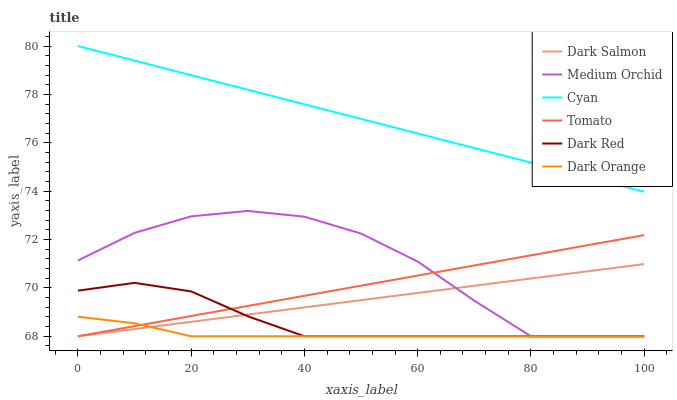
| xaxis_label | Dark Salmon | Medium Orchid | Cyan | Tomato | Dark Red | Dark Orange |
 | --- | --- | --- | --- | --- | --- | --- |
 | 0 | 68 | 71.1 | 80 | 68 | 69.9 | 68.8 |
 | 10 | 68.3 | 72.3 | 79.4 | 68.4 | 70.2 | 68.5 |
 | 20 | 68.6 | 73 | 78.8 | 68.8 | 69.9 | 68 |
 | 30 | 68.9 | 73.2 | 78.2 | 69.3 | 68.8 | 68 |
 | 40 | 69.2 | 72.9 | 77.6 | 69.7 | 68 | 68 |
 | 50 | 69.5 | 72.2 | 77 | 70.1 | 68 | 68 |
 | 60 | 69.8 | 71.1 | 76.4 | 70.5 | 68 | 68 |
 | 70 | 70.1 | 69.5 | 75.8 | 70.9 | 68 | 68 |
 | 80 | 70.4 | 68 | 75.2 | 71.3 | 68 | 68 |
 | 90 | 70.7 | 68 | 74.6 | 71.8 | 68 | 68 |
 | 100 | 71 | 68 | 74 | 72.2 | 68 | 68 |